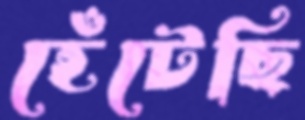
হেঁটেছি